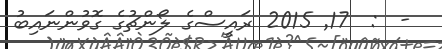
-  :  17